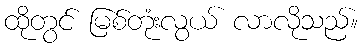
ထိုတွင် မြစ်တုံးလွယ် လာလိုသည်။